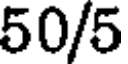
50/5